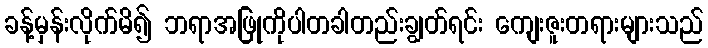
ခန့်မှန်းလိုက်မိ၍ ဘရာအဖြုကိုပါတခါတည်းချွတ်ရင်း ကျေးဇူးတရားများသည်